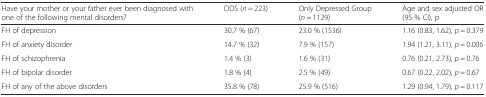
| Have your mother or your father ever been diagnosed with one of the following mental disorders? | DDS (n = 223) | Only Depressed Group (n = 1129) | Age and sex adjusted OR (95 % CI), p |
 | --- | --- | --- | --- |
 | FH of depression | 30.7 % (67) | 23.0 % (1536) | 1.16 (0.83, 1.62), p = 0.379 |
 | FH of anxiety disorder | 14.7 % (32) | 7.9 % (157) | 1.94 (1.21, 3.11), p = 0.006 |
 | FH of schizophrenia | 1.4 % (3) | 1.6 % (31) | 0.76 (0.21, 2.73), p = 0.76 |
 | FH of bipolar disorder | 1.8 % (4) | 2.5 % (49) | 0.67 (0.22, 2.02), p = 0.67 |
 | FH of any of the above disorders | 35.8 % (78) | 25.9 % (516) | 1.29 (0.94, 1.79), p = 0.117 |